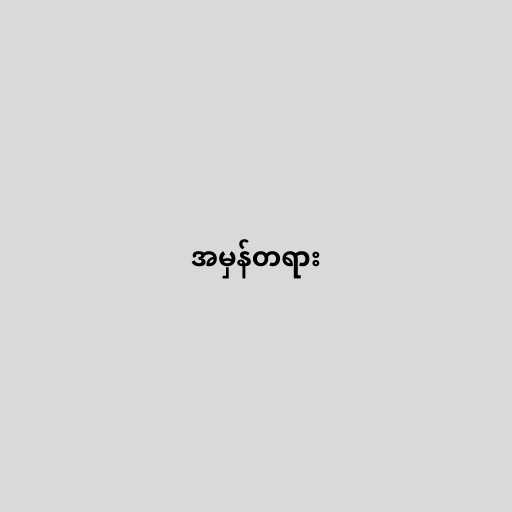
အမှန်တရား